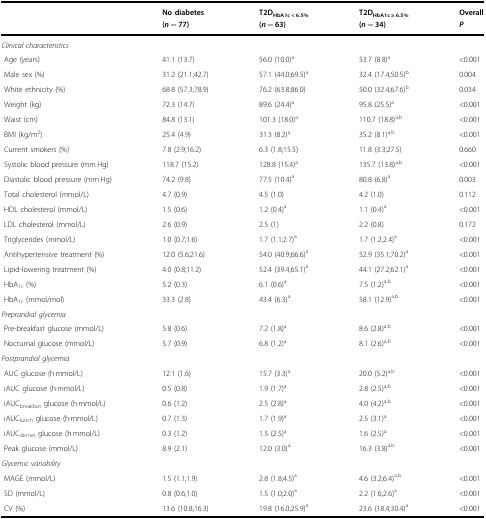
<table><thead><tr><td></td><td><b>No diabetes(<i>n</i> = 77)</b></td><td><b>T2D<sub>HbA1c &lt; 6.5%</sub>(<i>n</i> = 63)</b></td><td><b>T2D<sub>HbA1c ≥ 6.5%</sub>(<i>n</i> = 34)</b></td><td><b>Overall<i>P</i></b></td></tr></thead><tbody><tr><td colspan="5"><i>Clinical characteristics</i></td></tr><tr><td> Age (years)</td><td>41.1 (13.7)</td><td>56.0 (10.0)<sup>a</sup></td><td>53.7 (8.8)<sup>a</sup></td><td>&lt;0.001</td></tr><tr><td> Male sex (%)</td><td>31.2 (21.1;42.7)</td><td>57.1 (44.0;69.5)<sup>a</sup></td><td>32.4 (17.4;50.5)<sup>b</sup></td><td>0.004</td></tr><tr><td> White ethnicity (%)</td><td>68.8 (57.3;78.9)</td><td>76.2 (63.8;86.0)</td><td>50.0 (32.4;67.6)<sup>b</sup></td><td>0.034</td></tr><tr><td> Weight (kg)</td><td>72.3 (14.7)</td><td>89.6 (24.4)<sup>a</sup></td><td>95.8 (25.5)<sup>a</sup></td><td>&lt;0.001</td></tr><tr><td> Waist (cm)</td><td>84.8 (13.1)</td><td>101.3 (18.0)<sup>a</sup></td><td>110.7 (18.8)<sup>a,b</sup></td><td>&lt;0.001</td></tr><tr><td> BMI (kg/m<sup>2</sup>)</td><td>25.4 (4.9)</td><td>31.3 (8.2)<sup>a</sup></td><td>35.2 (8.1)<sup>a,b</sup></td><td>&lt;0.001</td></tr><tr><td> Current smokers (%)</td><td>7.8 (2.9;16.2)</td><td>6.3 (1.8;15.5)</td><td>11.8 (3.3;27.5)</td><td>0.660</td></tr><tr><td> Systolic blood pressure (mm Hg)</td><td>118.7 (15.2)</td><td>128.8 (15.4)<sup>a</sup></td><td>135.7 (13.8)<sup>a,b</sup></td><td>&lt;0.001</td></tr><tr><td> Diastolic blood pressure (mm Hg)</td><td>74.2 (9.8)</td><td>77.5 (10.4)<sup>a</sup></td><td>80.8 (6.8)<sup>a</sup></td><td>0.003</td></tr><tr><td> Total cholesterol (mmol/L)</td><td>4.7 (0.9)</td><td>4.5 (1.0)</td><td>4.2 (1.0)</td><td>0.112</td></tr><tr><td> HDL cholesterol (mmol/L)</td><td>1.5 (0.6)</td><td>1.2 (0.4)<sup>a</sup></td><td>1.1 (0.4)<sup>a</sup></td><td>&lt;0.001</td></tr><tr><td> LDL cholesterol (mmol/L)</td><td>2.6 (0.9)</td><td>2.5 (1)</td><td>2.2 (0.8)</td><td>0.172</td></tr><tr><td> Triglycerides (mmol/L)</td><td>1.0 (0.7;1.6)</td><td>1.7 (1.1;2.7)<sup>a</sup></td><td>1.7 (1.2;2.4)<sup>a</sup></td><td>&lt;0.001</td></tr><tr><td> Antihypertensive treatment (%)</td><td>12.0 (5.6;21.6)</td><td>54.0 (40.9;66.6)<sup>a</sup></td><td>52.9 (35.1;70.2)<sup>a</sup></td><td>&lt;0.001</td></tr><tr><td> Lipid-lowering treatment (%)</td><td>4.0 (0.8;11.2)</td><td>52.4 (39.4;65.1)<sup>a</sup></td><td>44.1 (27.2;62.1)<sup>a</sup></td><td>&lt;0.001</td></tr><tr><td> HbA<sub>1c</sub> (%)</td><td>5.2 (0.3)</td><td>6.1 (0.6)<sup>a</sup></td><td>7.5 (1.2)<sup>a,b</sup></td><td>&lt;0.001</td></tr><tr><td> HbA<sub>1c</sub> (mmol/mol)</td><td>33.3 (2.8)</td><td>43.4 (6.3)<sup>a</sup></td><td>58.1 (12.9)<sup>a,b</sup></td><td>&lt;0.001</td></tr><tr><td colspan="5"><i>Preprandial glycemia</i></td></tr><tr><td> Pre-breakfast glucose (mmol/L)</td><td>5.8 (0.6)</td><td>7.2 (1.8)<sup>a</sup></td><td>8.6 (2.8)<sup>a,b</sup></td><td>&lt;0.001</td></tr><tr><td> Nocturnal glucose (mmol/L)</td><td>5.7 (0.9)</td><td>6.8 (1.2)<sup>a</sup></td><td>8.1 (2.6)<sup>a,b</sup></td><td>&lt;0.001</td></tr><tr><td colspan="5"><i>Postprandial glycemia</i></td></tr><tr><td> AUC glucose (h·mmol/L)</td><td>12.1 (1.6)</td><td>15.7 (3.3)<sup>a</sup></td><td>20.0 (5.2)<sup>a,b</sup></td><td>&lt;0.001</td></tr><tr><td> iAUC glucose (h·mmol/L)</td><td>0.5 (0.8)</td><td>1.9 (1.7)<sup>a</sup></td><td>2.8 (2.5)<sup>a,b</sup></td><td>&lt;0.001</td></tr><tr><td> iAUC<sub>breakfast</sub> glucose (h·mmol/L)</td><td>0.6 (1.2)</td><td>2.5 (2.8)<sup>a</sup></td><td>4.0 (4.2)<sup>a,b</sup></td><td>&lt;0.001</td></tr><tr><td> iAUC<sub>lunch</sub> glucose (h·mmol/L)</td><td>0.7 (1.3)</td><td>1.7 (1.9)<sup>a</sup></td><td>2.5 (3.1)<sup>a</sup></td><td>&lt;0.001</td></tr><tr><td> iAUC<sub>dinner</sub> glucose (h·mmol/L)</td><td>0.3 (1.2)</td><td>1.5 (2.5)<sup>a</sup></td><td>1.6 (2.5)<sup>a</sup></td><td>&lt;0.001</td></tr><tr><td> Peak glucose (mmol/L)</td><td>8.9 (2.1)</td><td>12.0 (3.0)<sup>a</sup></td><td>16.3 (3.8)<sup>a,b</sup></td><td>&lt;0.001</td></tr><tr><td colspan="5"><i>Glycemic variability</i></td></tr><tr><td> MAGE (mmol/L)</td><td>1.5 (1.1;1.9)</td><td>2.8 (1.8;4.5)<sup>a</sup></td><td>4.6 (3.2;6.4)<sup>a,b</sup></td><td>&lt;0.001</td></tr><tr><td> SD (mmol/L)</td><td>0.8 (0.6;1.0)</td><td>1.5 (1.0;2.0)<sup>a</sup></td><td>2.2 (1.6;2.6)<sup>a</sup></td><td>&lt;0.001</td></tr><tr><td> CV (%)</td><td>13.6 (10.8;16.3)</td><td>19.8 (16.0;25.9)<sup>a</sup></td><td>23.6 (18.4;30.4)<sup>a</sup></td><td>&lt;0.001</td></tr></tbody></table>